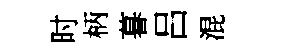
时柄暮吕混